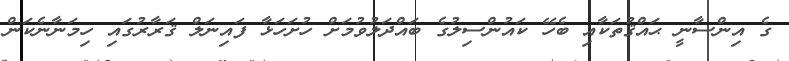
ގެ އިންސާނީ ޙައްޤުތަކާއި ބެހޭ ކައުންސިލުގެ ބައްދަލުވުމަށް ހުށަހަޅާ ފައިނަލް ޤަރާރުގައި ހިމަނާނެކަން